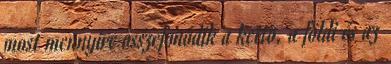
most mennyire összefonódik a kettõ, a földi és az